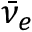
\bar { \nu } _ { e }